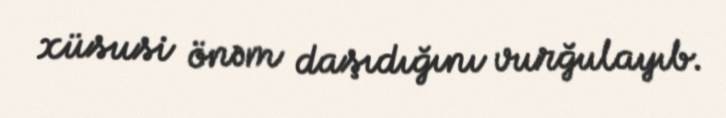
xüsusi önəm daşıdığını vurğulayıb.